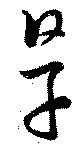
旱